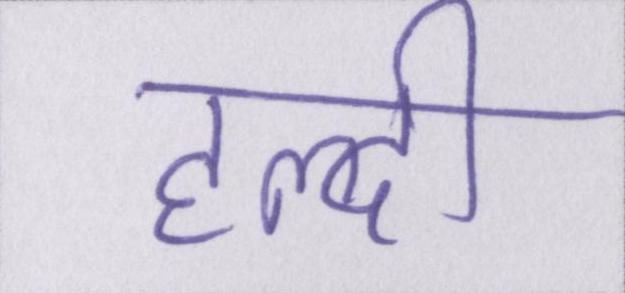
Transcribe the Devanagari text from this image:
हल्दी